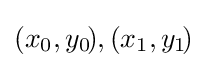
(x_{0},y_{0}\!),(x_{1},y_{1}\!)